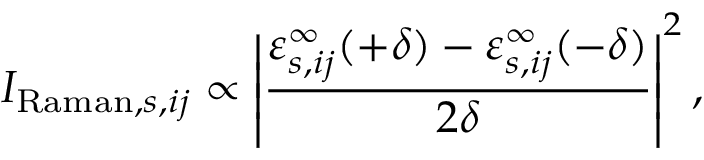
I _ { \mathrm { R a m a n } , s , i j } \propto \left| \frac { \varepsilon _ { s , i j } ^ { \infty } ( + \delta ) - \varepsilon _ { s , i j } ^ { \infty } ( - \delta ) } { 2 \delta } \right| ^ { 2 } ,